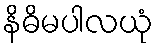
နိဓိမပါလယုံ